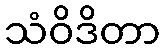
သံဝိဒိတာ